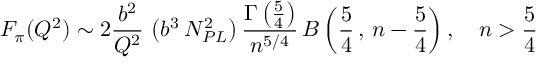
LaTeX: F _ { \pi } ( Q ^ { 2 } ) \sim 2 \frac { b ^ { 2 } } { Q ^ { 2 } } \, \left( b ^ { 3 } \, N _ { P L } ^ { 2 } \right) \frac { \Gamma \left( \frac { 5 } { 4 } \right) } { n ^ { 5 / 4 } } \, B \left( \frac { 5 } { 4 } \, , \, n - \frac { 5 } { 4 } \right) , \quad n > \frac { 5 } { 4 }